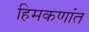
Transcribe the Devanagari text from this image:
हिमकणांत